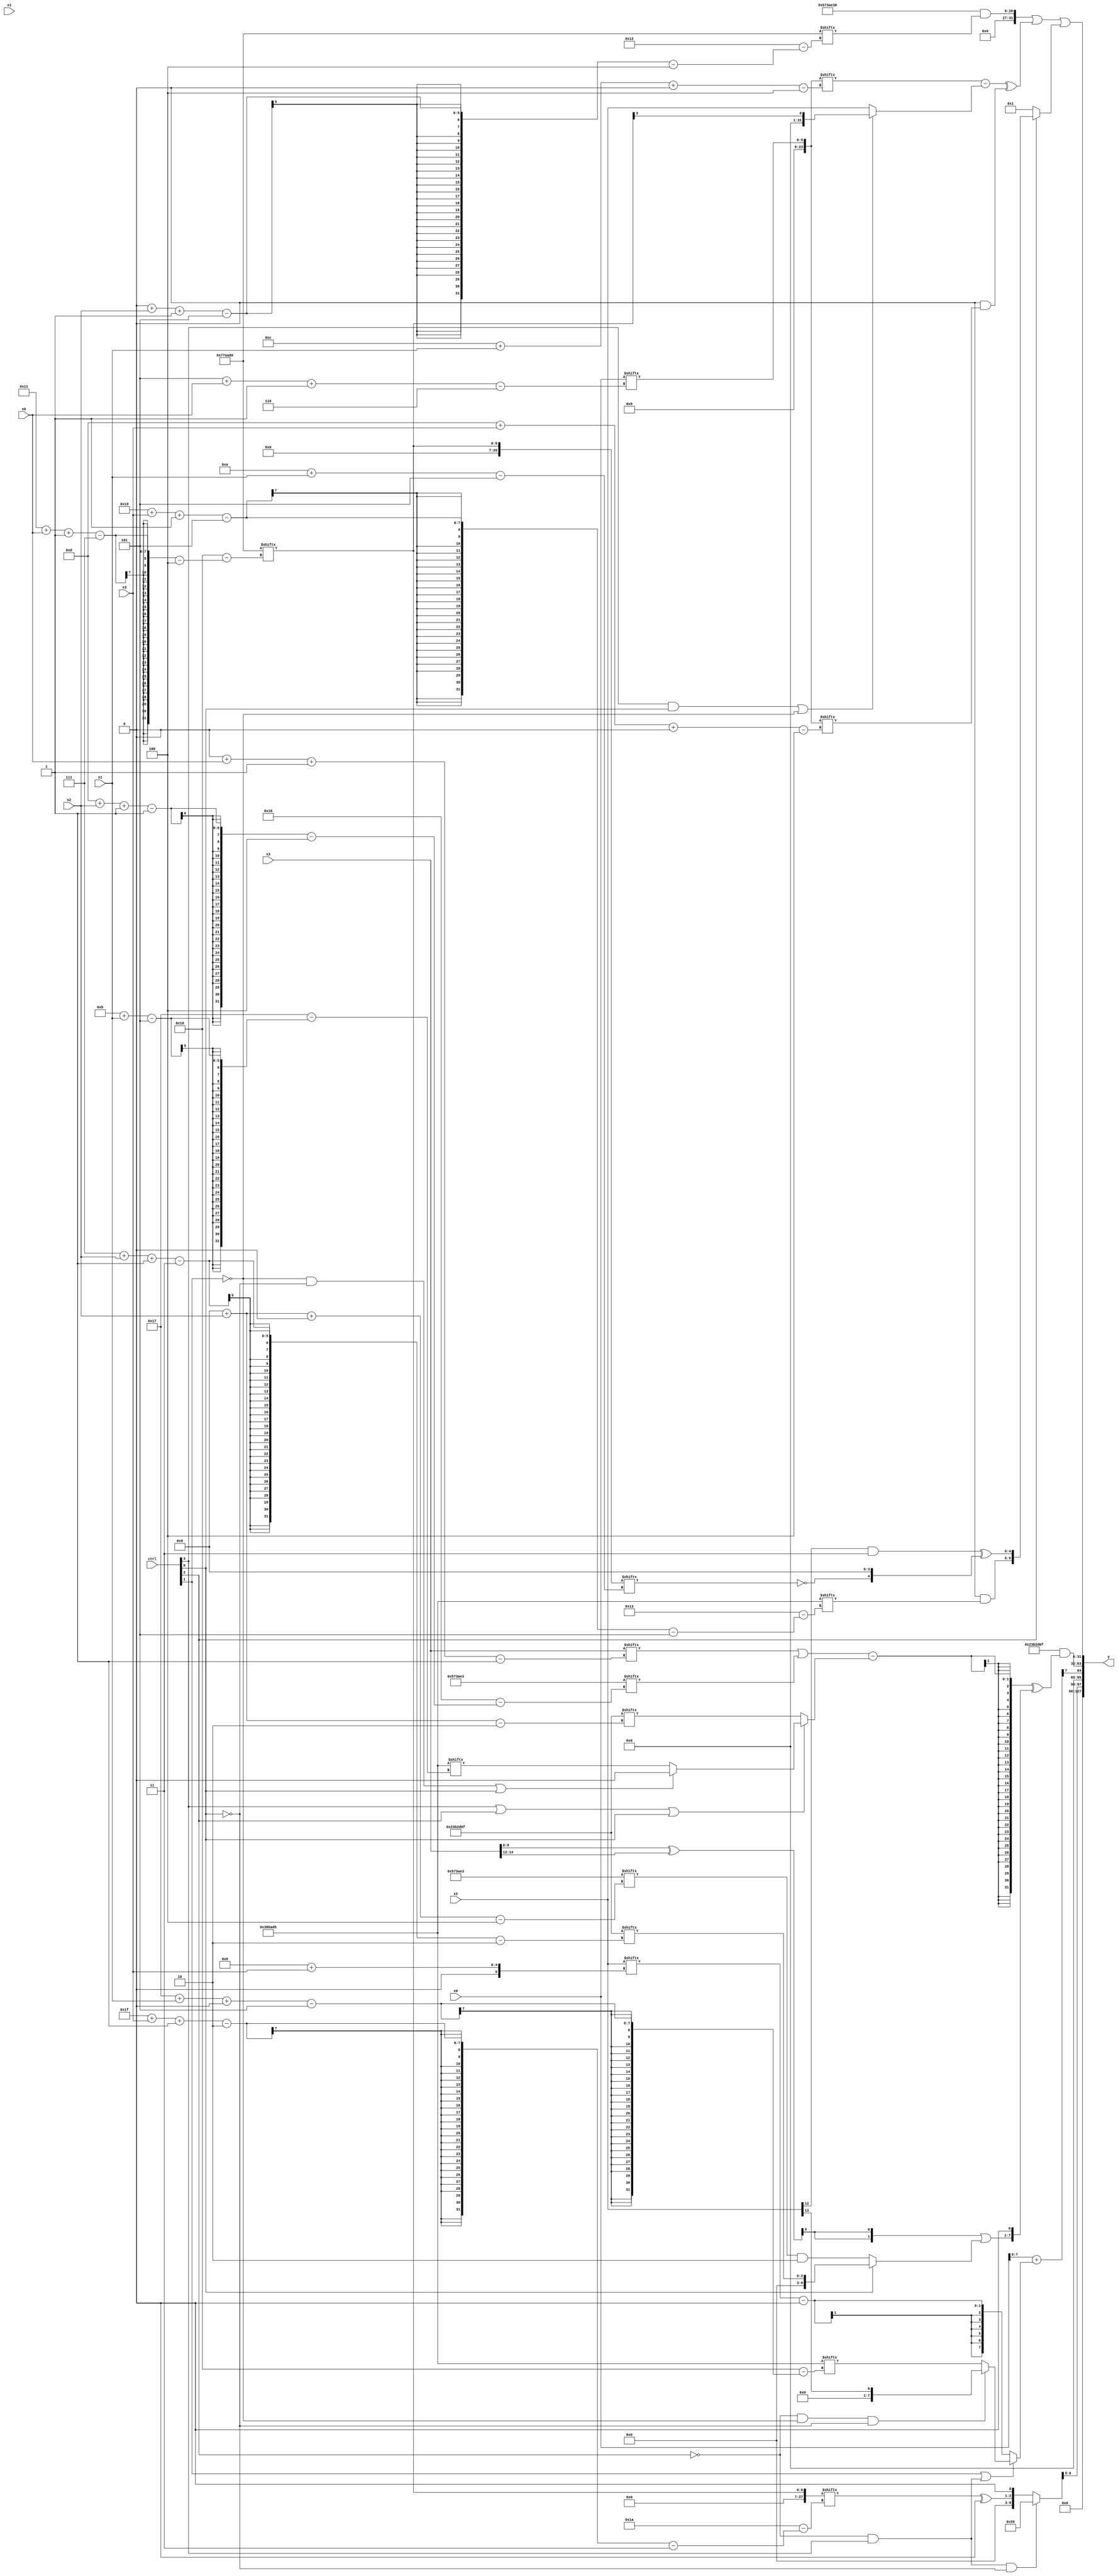
module partsel_00760(ctrl, s0, s1, s2, s3, x0, x1, x2, x3, y);
  input [3:0] ctrl;
  input [2:0] s0;
  input [2:0] s1;
  input [2:0] s2;
  input [2:0] s3;
  input [31:0] x0;
  input signed [31:0] x1;
  input [31:0] x2;
  input [31:0] x3;
  wire [29:6] x4;
  wire [26:1] x5;
  wire [4:28] x6;
  wire [3:30] x7;
  wire [0:30] x8;
  wire signed [1:24] x9;
  wire signed [3:24] x10;
  wire signed [26:5] x11;
  wire signed [29:0] x12;
  wire signed [27:4] x13;
  wire signed [31:5] x14;
  wire [27:4] x15;
  output [127:0] y;
  wire signed [31:0] y0;
  wire [31:0] y1;
  wire [31:0] y2;
  wire [31:0] y3;
  assign y = {y0,y1,y2,y3};
  localparam [5:28] p0 = 993442517;
  localparam signed [4:28] p1 = 274152163;
  localparam [29:2] p2 = 37432591;
  localparam [4:26] p3 = 452438656;
  assign x4 = (ctrl[0] || ctrl[0] || !ctrl[1] ? p0[20] : p2[18]);
  assign x5 = {2{{({2{x0}} + (ctrl[1] || !ctrl[2] && ctrl[3] ? (!ctrl[2] && !ctrl[1] && !ctrl[0] ? x2[13] : p0[23 + s1 +: 8]) : (x2[8 + s3] - x4[18 +: 4]))), x0[22 -: 4]}}};
  assign x6 = (!ctrl[2] && ctrl[1] || ctrl[3] ? {p3[13 + s3], {{p0[17 -: 1], x2[12 -: 2]}, x2[19 + s3 -: 2]}} : x1[16 + s0 -: 3]);
  assign x7 = p3[17 + s0 -: 7];
  assign x8 = x1[6 + s0];
  assign x9 = (ctrl[3] && !ctrl[2] && !ctrl[0] ? p0 : {(x7[31 + s3 -: 2] ^ x8[9 +: 2]), p1[20]});
  assign x10 = ({x2[21 -: 1], x3} ^ x3[12 +: 3]);
  assign x11 = x4[19];
  assign x12 = p1;
  assign x13 = p1;
  assign x14 = x7;
  assign x15 = x0[5 + s0 -: 6];
  assign y0 = x9[19 -: 2];
  assign y1 = x5[12 -: 1];
  assign y2 = (p2 & (((x3[0 + s0 -: 1] | p1[13 + s2 -: 1]) - (ctrl[3] || ctrl[2] || ctrl[0] ? (!ctrl[1] && !ctrl[0] || ctrl[0] ? p2[20] : p0[11 + s1]) : (p2[9 + s2] | x14[21 -: 1]))) ^ {({2{x10[15]}} | (ctrl[0] || ctrl[2] && !ctrl[2] ? p2[7 + s2 -: 3] : (x13[9 + s2 +: 7] & p3[12 -: 2]))), p2[20]}));
  assign y3 = ((({{2{x12}}, x6[12 -: 4]} & p3[0 + s2 -: 5]) | ((x15[12 + s1 +: 6] - (ctrl[3] && ctrl[0] || !ctrl[1] ? x14[8] : x2)) ^ (x6[14 -: 1] & x15[13 + s3 +: 2]))) | (ctrl[0] && !ctrl[0] || ctrl[2] ? {(x8[8 +: 3] & p0[25 + s3 -: 5]), ((x2[12] & x13[15 +: 2]) ^ {(x14[10 + s1] ^ x13[11]), p2[15 +: 4]})} : p2[10 +: 2]));
endmodule